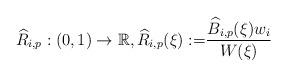
LaTeX: \begin{align*} \widehat{R}_{{i},{p}} : (0,1) \rightarrow \mathbb{R}, \widehat{R}_{{i},{p}}({\xi}) := & \dfrac{\widehat{B}_{{i},{p}}({\xi})w_{{i}}} {W({\xi}) } \end{align*}